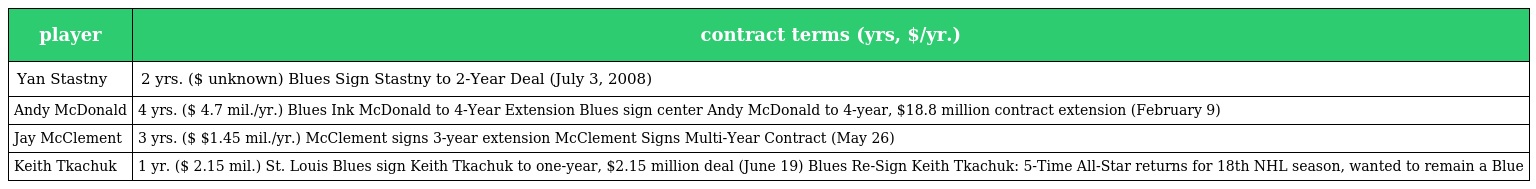
| player | contract terms (yrs, $/yr.) |
 | --- | --- |
 | Yan Stastny | 2 yrs. ($ unknown) Blues Sign Stastny to 2-Year Deal (July 3, 2008) |
 | Andy McDonald | 4 yrs. ($ 4.7 mil./yr.) Blues Ink McDonald to 4-Year Extension Blues sign center Andy McDonald to 4-year, $18.8 million contract extension (February 9) |
 | Jay McClement | 3 yrs. ($ $1.45 mil./yr.) McClement signs 3-year extension McClement Signs Multi-Year Contract (May 26) |
 | Keith Tkachuk | 1 yr. ($ 2.15 mil.) St. Louis Blues sign Keith Tkachuk to one-year, $2.15 million deal (June 19) Blues Re-Sign Keith Tkachuk: 5-Time All-Star returns for 18th NHL season, wanted to remain a Blue |